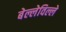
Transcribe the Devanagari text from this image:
बेल्लेविल्ले